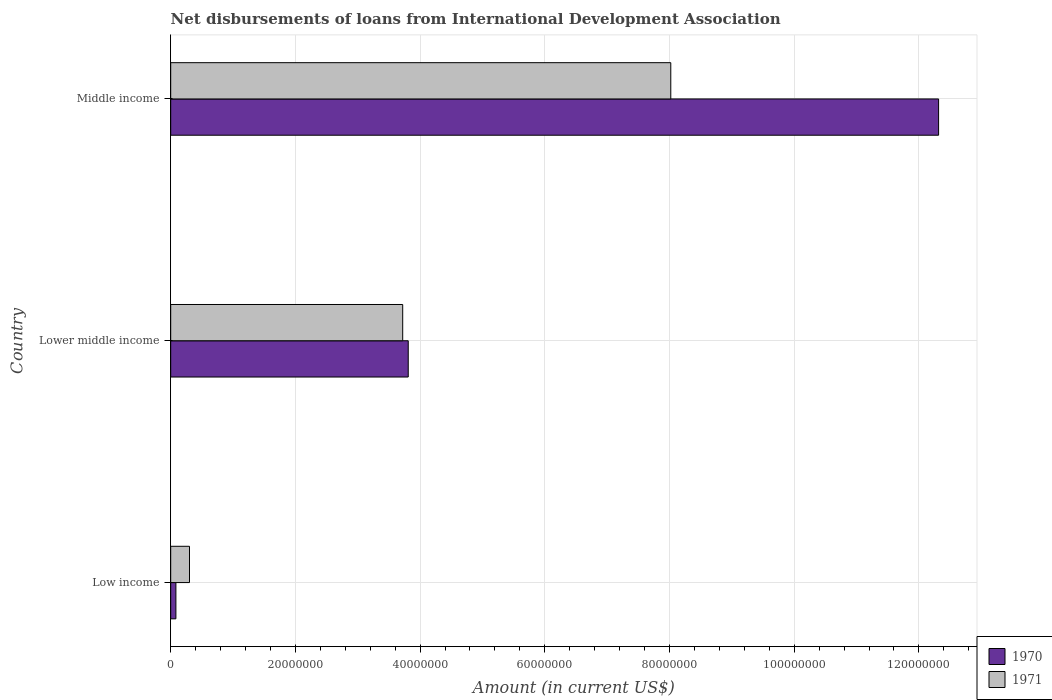
| Country | 1970 | 1971 |
 | --- | --- | --- |
 | Low income | 8.35e+05 | 3.02e+06 |
 | Lower middle income | 3.81e+07 | 3.72e+07 |
 | Middle income | 1.23e+08 | 8.02e+07 |